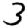
Digit: 3